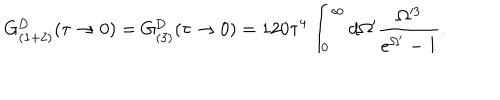
G _ { ( 1 + 2 ) } ^ { \mathrm { D } } ( \tau \rightarrow 0 ) = G _ { ( 3 ) } ^ { \mathrm { D } } ( \tau \rightarrow 0 ) = 1 2 0 \tau ^ { 4 } \int _ { 0 } ^ { \infty } d \Omega ^ { \prime } \frac { \Omega ^ { 3 } } { e ^ { \Omega ^ { \prime } } - 1 } .